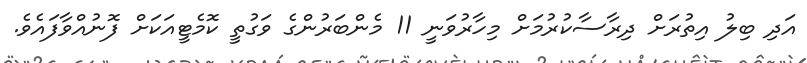
އަދި ބިލު އިތުރަށް ދިރާސާކުރުމަށް މިހާރުވަނީ 11 މެންބަރުންގެ ވަގުތީ ކޮމެޓީއަކަށް ފޮނުއްވާފައެވެ.